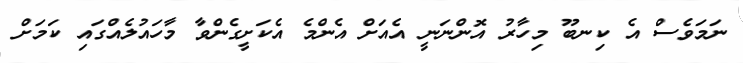
ނަމަވެސް އެ ކިނބޫ މިހާރު އޮންނަނީ އެއަށް އެންމެ އެކަށީގެންވާ މާހައުލެއްގައި ކަމަށް